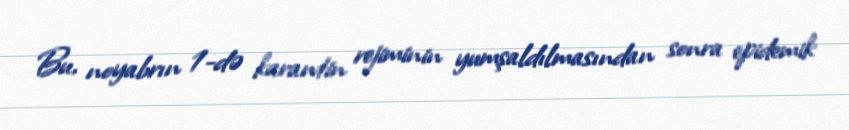
Bu, noyabrın 1-də karantin rejiminin yumşaldılmasından sonra epidemik